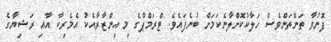
ފޮނުވާ ތަންތަންވެސް ހަލާކުކޮށްލާނެކަމަށް ބުނެފައެވެ. ޓްރަމްޕްގެ މި އިންޒާރާއެކު އެމެރިކާ އާއި ރަޝިޔާގެ